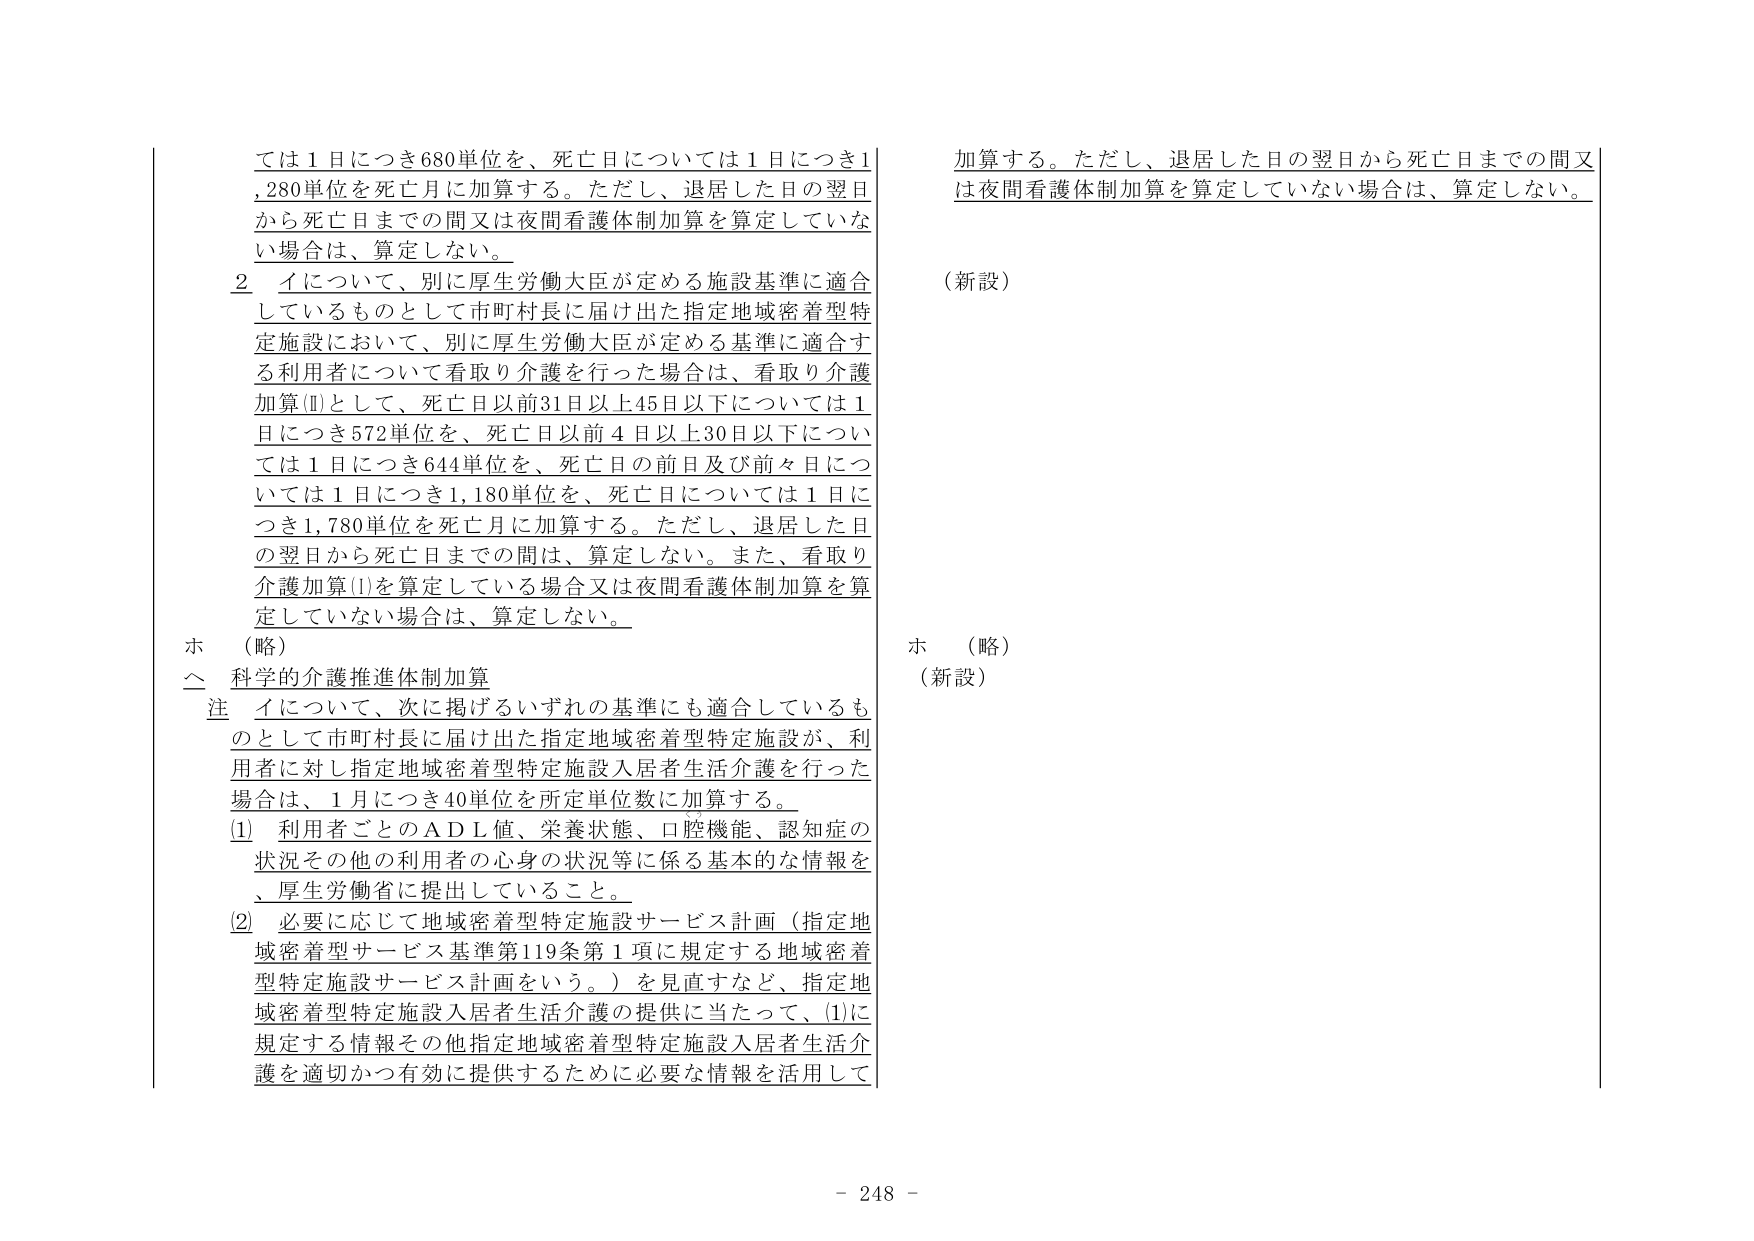
ては１日につき680単位を、死亡日については１日につき1,280単位を死亡月に加算する。ただし、退居した日の翌日から死亡日までの間又は夜間看護体制加算を算定していない場合は、算定しない。

２ イについて、別に厚生労働大臣が定める施設基準に適合しているものとして市町村長に届け出た指定地域密着型特定施設において、別に厚生労働大臣が定める基準に適合する利用者について看取り介護を行った場合は、看取り介護加算(Ⅱ)として、死亡日以前31日以上45日以下については１日につき572単位を、死亡日以前４日以上30日以下については１日につき644単位を、死亡日の前日及び前々日については１日につき1,180単位を、死亡日については１日につき1,780単位を死亡月に加算する。ただし、退居した日の翌日から死亡日までの間は、算定しない。また、看取り介護加算(Ⅰ)を算定している場合又は夜間看護体制加算を算定していない場合は、算定しない。

ホ （略）

ヘ 科学的介護推進体制加算

注 イについて、次に掲げるいずれの基準にも適合しているものとして市町村長に届け出た指定地域密着型特定施設が、利用者に対し指定地域密着型特定施設入居者生活介護を行った場合は、１月につき40単位を所定単位数に加算する。

(1) 利用者ごとのＡＤＬ値、栄養状態、口腔機能、認知症の状況その他の利用者の心身の状況等に係る基本的な情報を、厚生労働省に提出していること。

(2) 必要に応じて地域密着型特定施設サービス計画（指定地域密着型サービス基準第119条第１項に規定する地域密着型特定施設サービス計画をいう。）を見直すなど、指定地域密着型特定施設入居者生活介護の提供に当たって、(1)に規定する情報その他指定地域密着型特定施設入居者生活介護を適切かつ有効に提供するために必要な情報を活用して

加算する。ただし、退居した日の翌日から死亡日までの間又は夜間看護体制加算を算定していない場合は、算定しない。

（新設）

ホ （略）

（新設）

- 248 -